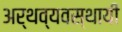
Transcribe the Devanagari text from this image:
अर्थव्यवस्थायी